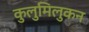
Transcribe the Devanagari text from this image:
कुलुमिलुकन